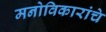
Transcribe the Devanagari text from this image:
मनोविकारांचे